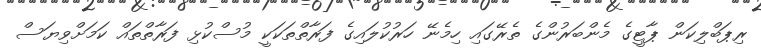
ރިޕަބްލިކަން ޕާޓީގެ މެންބަރުންގެ ތެރޭގައި ހިމެނޭ ހަރުކުލައިގެ ފަރާތްތަކަކީ މުސްކުޅި ފަރާތްތައް ކަމަށްވިޔަސް